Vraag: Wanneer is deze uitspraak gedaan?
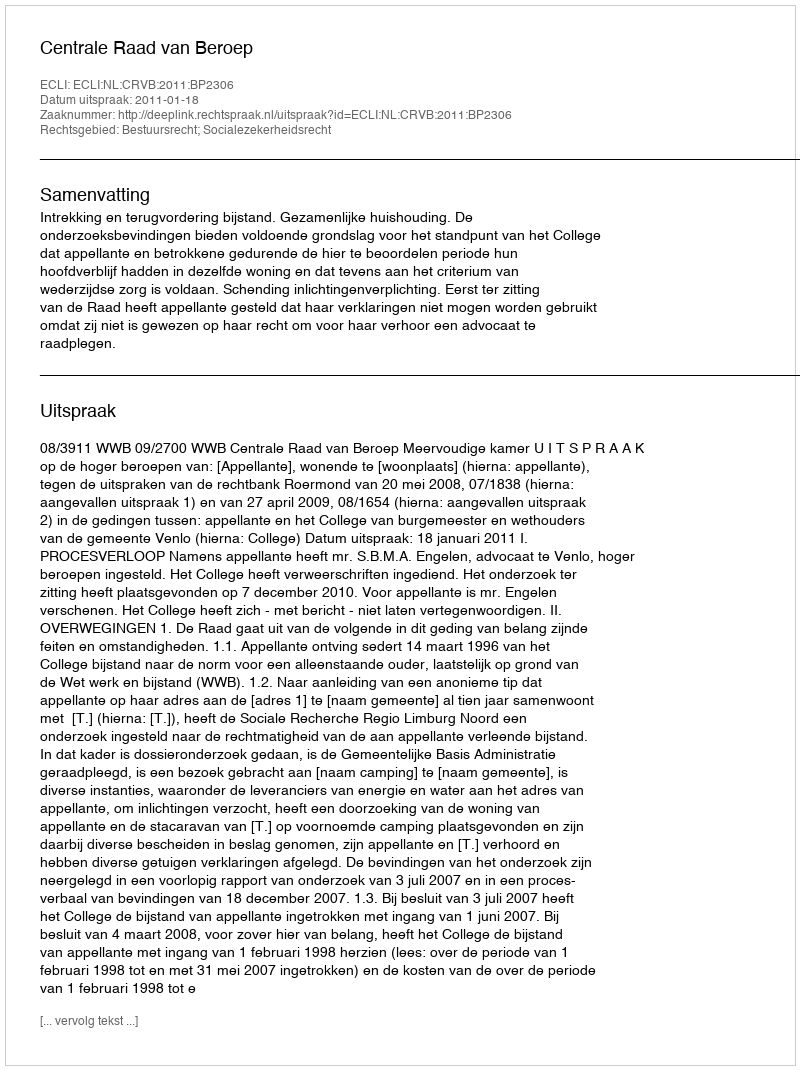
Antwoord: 2011-01-18